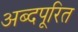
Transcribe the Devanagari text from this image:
अब्दपूरित